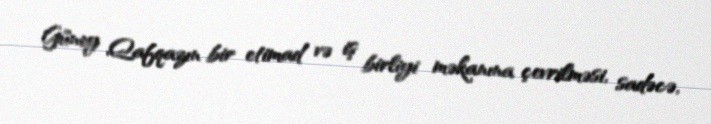
Güney Qafqazın bir etimad və iş birliyi məkanına çevrilməsi, sadəcə,